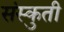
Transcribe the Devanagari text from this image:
संस्कुती